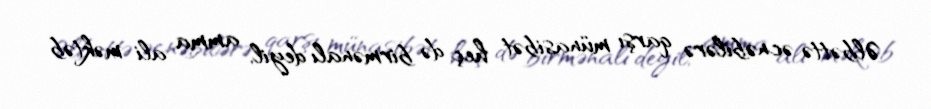
Əlbəttə əcnəbilərə qarşı münasibət heç də birmənalı deyil, amma ali məktəb